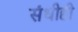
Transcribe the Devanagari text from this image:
संधीही